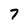
Character: 7